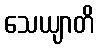
သေယျာတိ